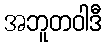
အဘူတဝါဒီ